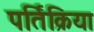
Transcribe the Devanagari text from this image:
पर्तिक्रिया